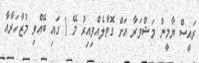
ރައީސް ޔާމީން މަޝްވަރާ އަށް ގޮވާލެއްވިއިރު މޭ 1 ގައި ބޭއްވި މުޒާހަރާއާ